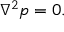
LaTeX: \nabla ^ { 2 } p = 0 .